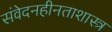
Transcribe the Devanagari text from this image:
संवेदनहीनताशास्त्र